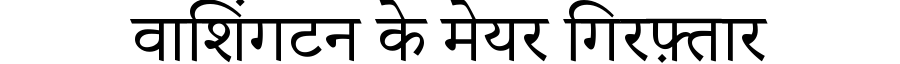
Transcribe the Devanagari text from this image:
वाशिंगटन के मेयर गिरफ़्तार